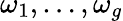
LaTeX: \omega_{1},\ldots,\omega_{g}